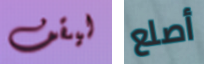
ليقف أصلع